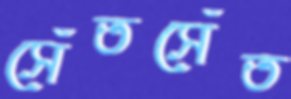
সেঁতসেঁত